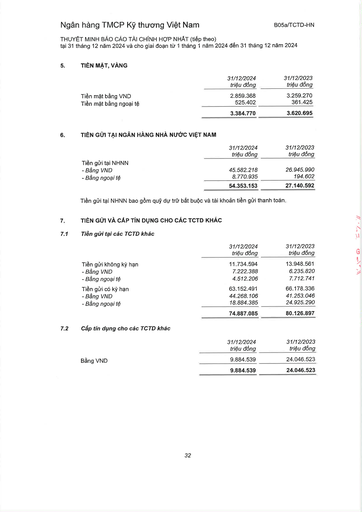
||31/12/2024 triệu đồng|31/12/2023 triệu đồng| |---|---|---| |Tiền mặt bằng VND|2.859.368|3.259.270| |Tiền mặt bằng ngoại tệ|525.402|361.425| ||3.384.770|3.620.695| ||31/12/2024 triệu đồng|31/12/2023 triệu đồng| |---|---|---| |Tiền gửi tại NHNN||| |Bằng VND|45.582.218|26.945.990| |- Bằng ngoại tệ|8.770.935|194.602| ||54.353.153|27.140.592| ||31/12/2024 triệu đồng|31/12/2023 triệu đồng| |---|---|---| |Tiền gửi không kỳ hạn|11.734.594|13.948.561| |- Bằng VND|7.222.388|6.235.820| |Bằng ngoại tệ|4.512.206|7.712.741| |Tiền gửi có kỳ hạn|63.152.491|66.178.336| |Bằng VND|44.268.106|41.253.046| |- Bằng ngoại tệ|18.884.385|24.925.290| ||74.887.085|80.126.897| ||31/12/2024 triệu đồng|31/12/2023 triệu đồng| |---|---|---| |Bằng VND|9.884.539|24.046.523| ||9.884.539|24.046.523|